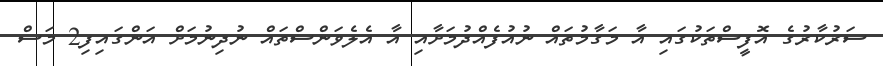
ސަރުކާރުގެ އޮފީސްތަކުގައި އާ މަގާމުތައް ނުއުފެއްދުމަށާއި އާ އެލެވަންސްތައް ނުދިނުމަށް އަންގައިފި2 މަސް